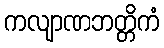
ကလျာဏဘတ္တိကံ